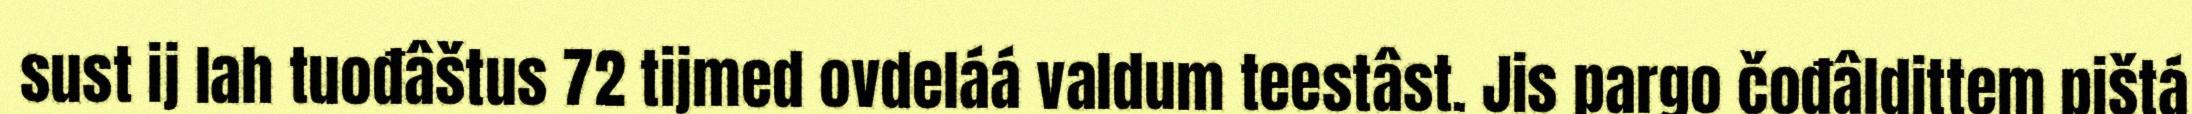
sust ij lah tuođâštus 72 tijmed ovdeláá valdum teestâst. Jis pargo čođâldittem pištá